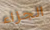
الجزاء